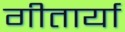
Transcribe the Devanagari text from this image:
गीतार्या